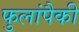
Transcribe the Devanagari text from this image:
फुलांपैकी